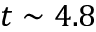
t \sim 4 . 8